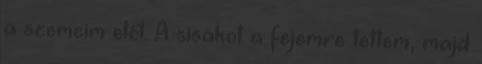
a szemeim elől. A sisakot a fejemre tettem, majd